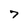
Character: 7